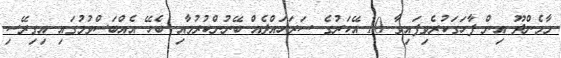
މާމެންދޫ އިން ފާހަގަކުރެވިފައިވާ 10 އޭކަރުގެ ސަރަހައްދެއް ބޭނުންކުރުމާއި ބެހޭ އެއްބަސްވުމުގައި އިގިރޭސި